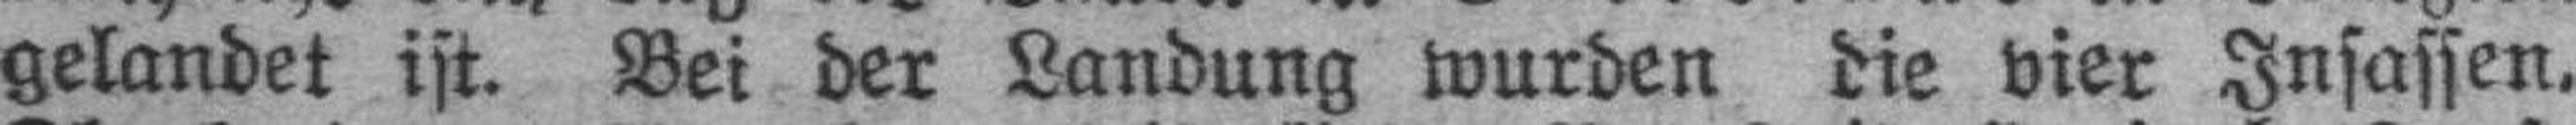
gelandet ist. Bei der Landung wurden die vier Insassen.